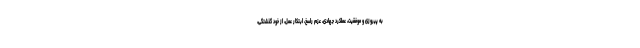
به پیروزی و موفقیت، عملکرد جهادی، عزم راسخ، ابتکار عمل، از خود گذشتگی،